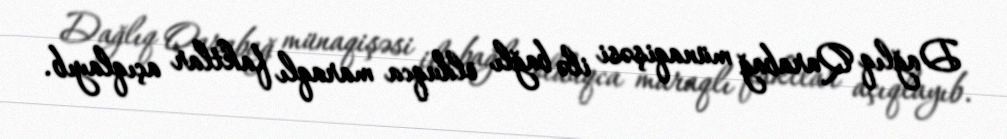
Dağlıq Qarabağ münaqişəsi ilə bağlı olduqca maraqlı faktlar açıqlayıb.